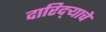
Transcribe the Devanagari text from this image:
दारिद्‌ऱ्याचे